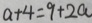
a + 4 = 9 + 2 a